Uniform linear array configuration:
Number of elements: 16
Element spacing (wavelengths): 0.75
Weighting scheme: exponential
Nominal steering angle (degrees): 45
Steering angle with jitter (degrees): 46.131
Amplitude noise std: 0.05
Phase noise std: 0.05

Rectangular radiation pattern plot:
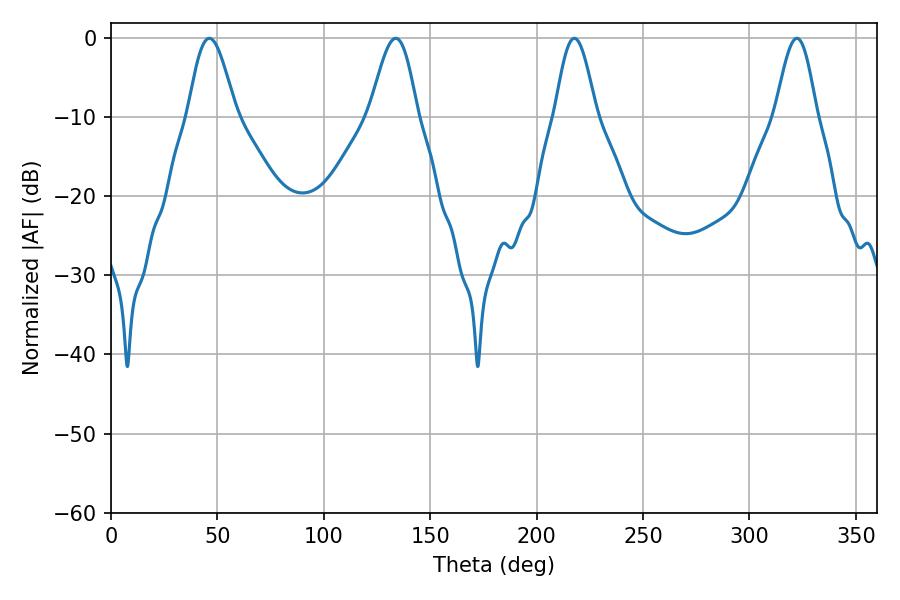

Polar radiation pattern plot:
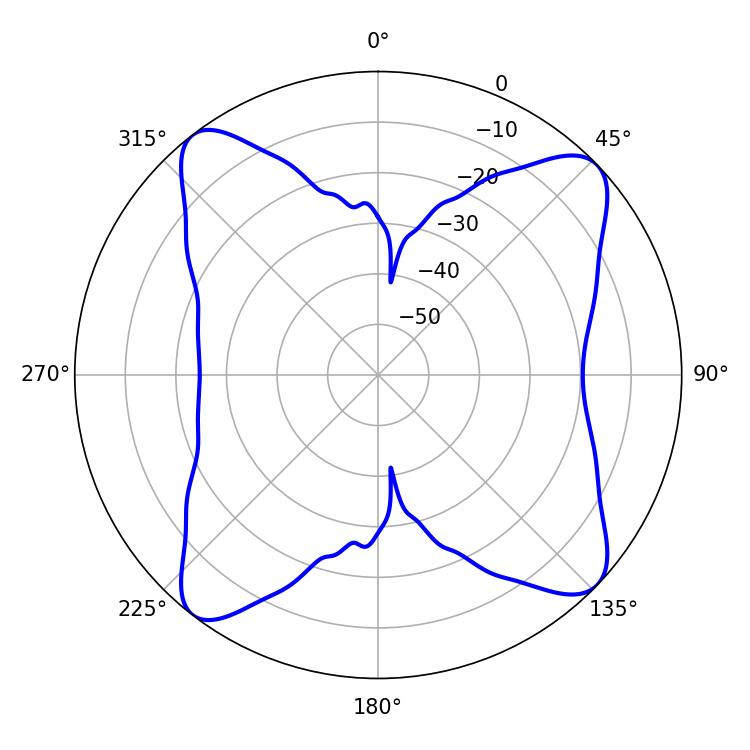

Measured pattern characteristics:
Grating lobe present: TRUE
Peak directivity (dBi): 12.928
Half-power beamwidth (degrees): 11.88
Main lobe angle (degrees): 46.26